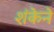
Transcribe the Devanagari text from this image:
शंकेने